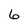
Character: 6